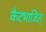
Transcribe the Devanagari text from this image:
कैटभाजित्